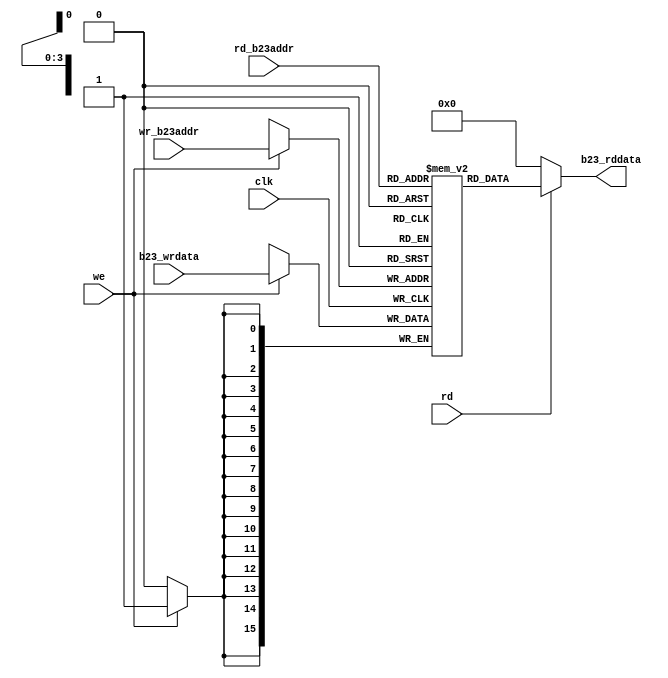
`timescale 1ns / 1ps
module b23_memory(
    input clk,
    input signed [15:0] b23_wrdata,
    input [3:0] wr_b23addr,
	input [3:0] rd_b23addr,
    input we,
    input rd,
    output signed [15:0] b23_rddata
    );
    
    reg signed [15:0] mem [0:9];
    
    //initial 
    //begin
    //$readmemb("b23_bin.txt", mem);
    //end
    
    
    
    always @(posedge clk)
    begin
        if (we)
           mem[wr_b23addr] <= b23_wrdata;
    end

    assign b23_rddata = (rd)?mem[rd_b23addr]:16'h0000;
endmodule